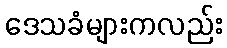
ဒေသခံများကလည်း